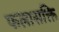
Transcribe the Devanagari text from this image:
फलासक्ति